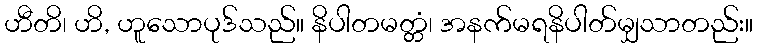
ဟီတိ၊ ဟိ, ဟူသောပုဒ်သည်။ နိပါတမတ္တံ၊ အနက်မရနိပါတ်မျှသာတည်း။